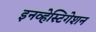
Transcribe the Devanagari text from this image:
इनव्हेस्टिगेशन